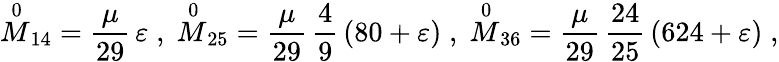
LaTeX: {\stackrel{0}{M}}_{14}=\frac{\mu}{29}\, \varepsilon\; ,\; {\stackrel{0}{M}}_{25}=\frac{\mu}{29}\, \frac{4}{9}\, (80+\varepsilon)\; ,\; {\stackrel{0}{M}}_{36}=\frac{\mu}{29}\, \frac{24}{25}\, (624+\varepsilon)\; ,